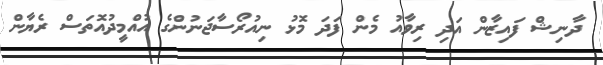
ދާނިޝް ފައިޒާން އަދި ރިވާއު މެން ފަދަ މޮޅު ނިއުރޯސާޖަނުންގެ އުއްމީދުއޮތަސް ރެޔާން